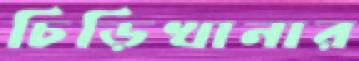
চিড়িখানার